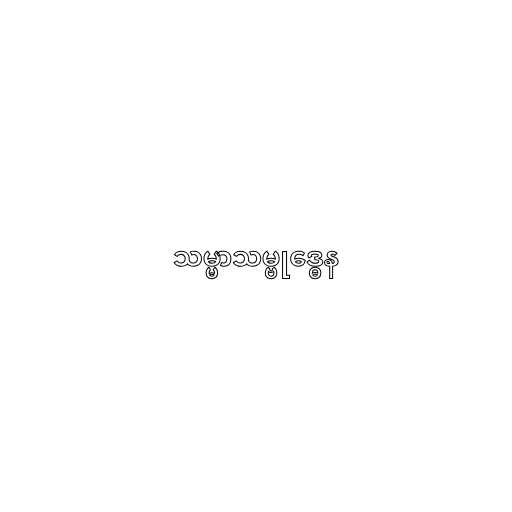
သမ္မာသမ္ဗုဒ္ဓေန